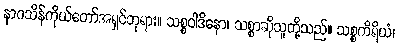
နာဂသိန်ကိုယ်တော်အရှင်ဘုရား။ သစ္စဝါဒိနော၊ သစ္စာဆိုသူတို့သည်။ သစ္စကိရိယံ၊